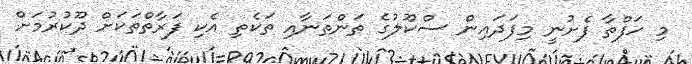
މި ހަފްތާ ފެށުނީ މިފަދައިން ސްކޫލުގެ ތަންތަނާއި ތަކެތި އެކި ފަރާތްތަކަށް ދޫކުރުމަށް